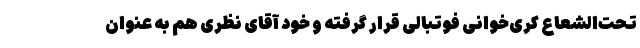
تحت‌الشعاع کری‌خوانی فوتبالی قرار گرفته و خود آقای نظری هم به عنوان